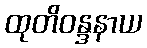
ထုတိဝန္ဒနာယ